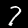
Digit: 7